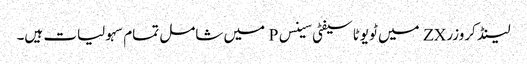
لینڈ کروزر ZX میں ٹویوٹا سیفٹی سینس P میں شامل تمام سہولیات ہیں۔